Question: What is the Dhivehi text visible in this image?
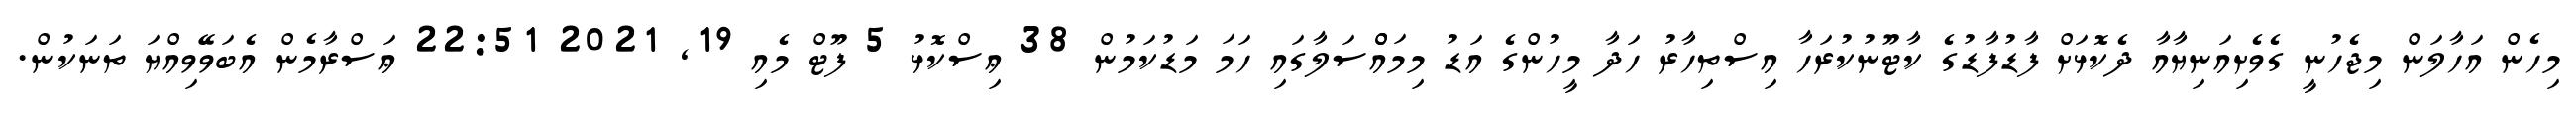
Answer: މިހެން އަހާލަން މިޖެހުނީ ގެވެށިއަނިޔާއާ ދެކޮޅަށް ފާޑުފާޑުގެ ކާޓޫނުކުރަހާ އިސްތިހާރު ހަދާ މީހުންގެ އަޑު މިމައްްސަލާގައި ހަމަ މަޑުކަމުން 38 ޢިސްކޮޅު 5 ފޫޓް މެއި 19, 2021 22:51 ޢަސްރާމެން އެބަވޭވިއްޔަ ތަނަކުން.